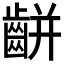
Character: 𪘀